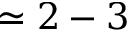
\simeq 2 - 3